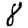
Digit: 8